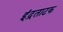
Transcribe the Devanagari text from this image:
इंद्रताटक